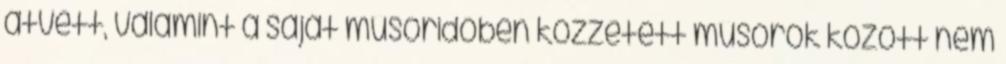
átvett, valamint a saját műsoridőben közzétett műsorok között nem